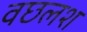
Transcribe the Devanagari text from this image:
वछलश